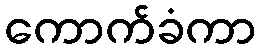
ကောက်ခံကာ